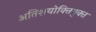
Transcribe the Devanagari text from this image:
अतिशयोक्‍तियुक्‍त